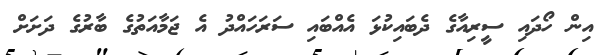
އިން ހޯދައި ސީރިއާގެ ދެބައިކުޅަ އެއްބައި ސަރަހައްދު އެ ޖަމާއަތުގެ ބާރުގެ ދަަށަށް